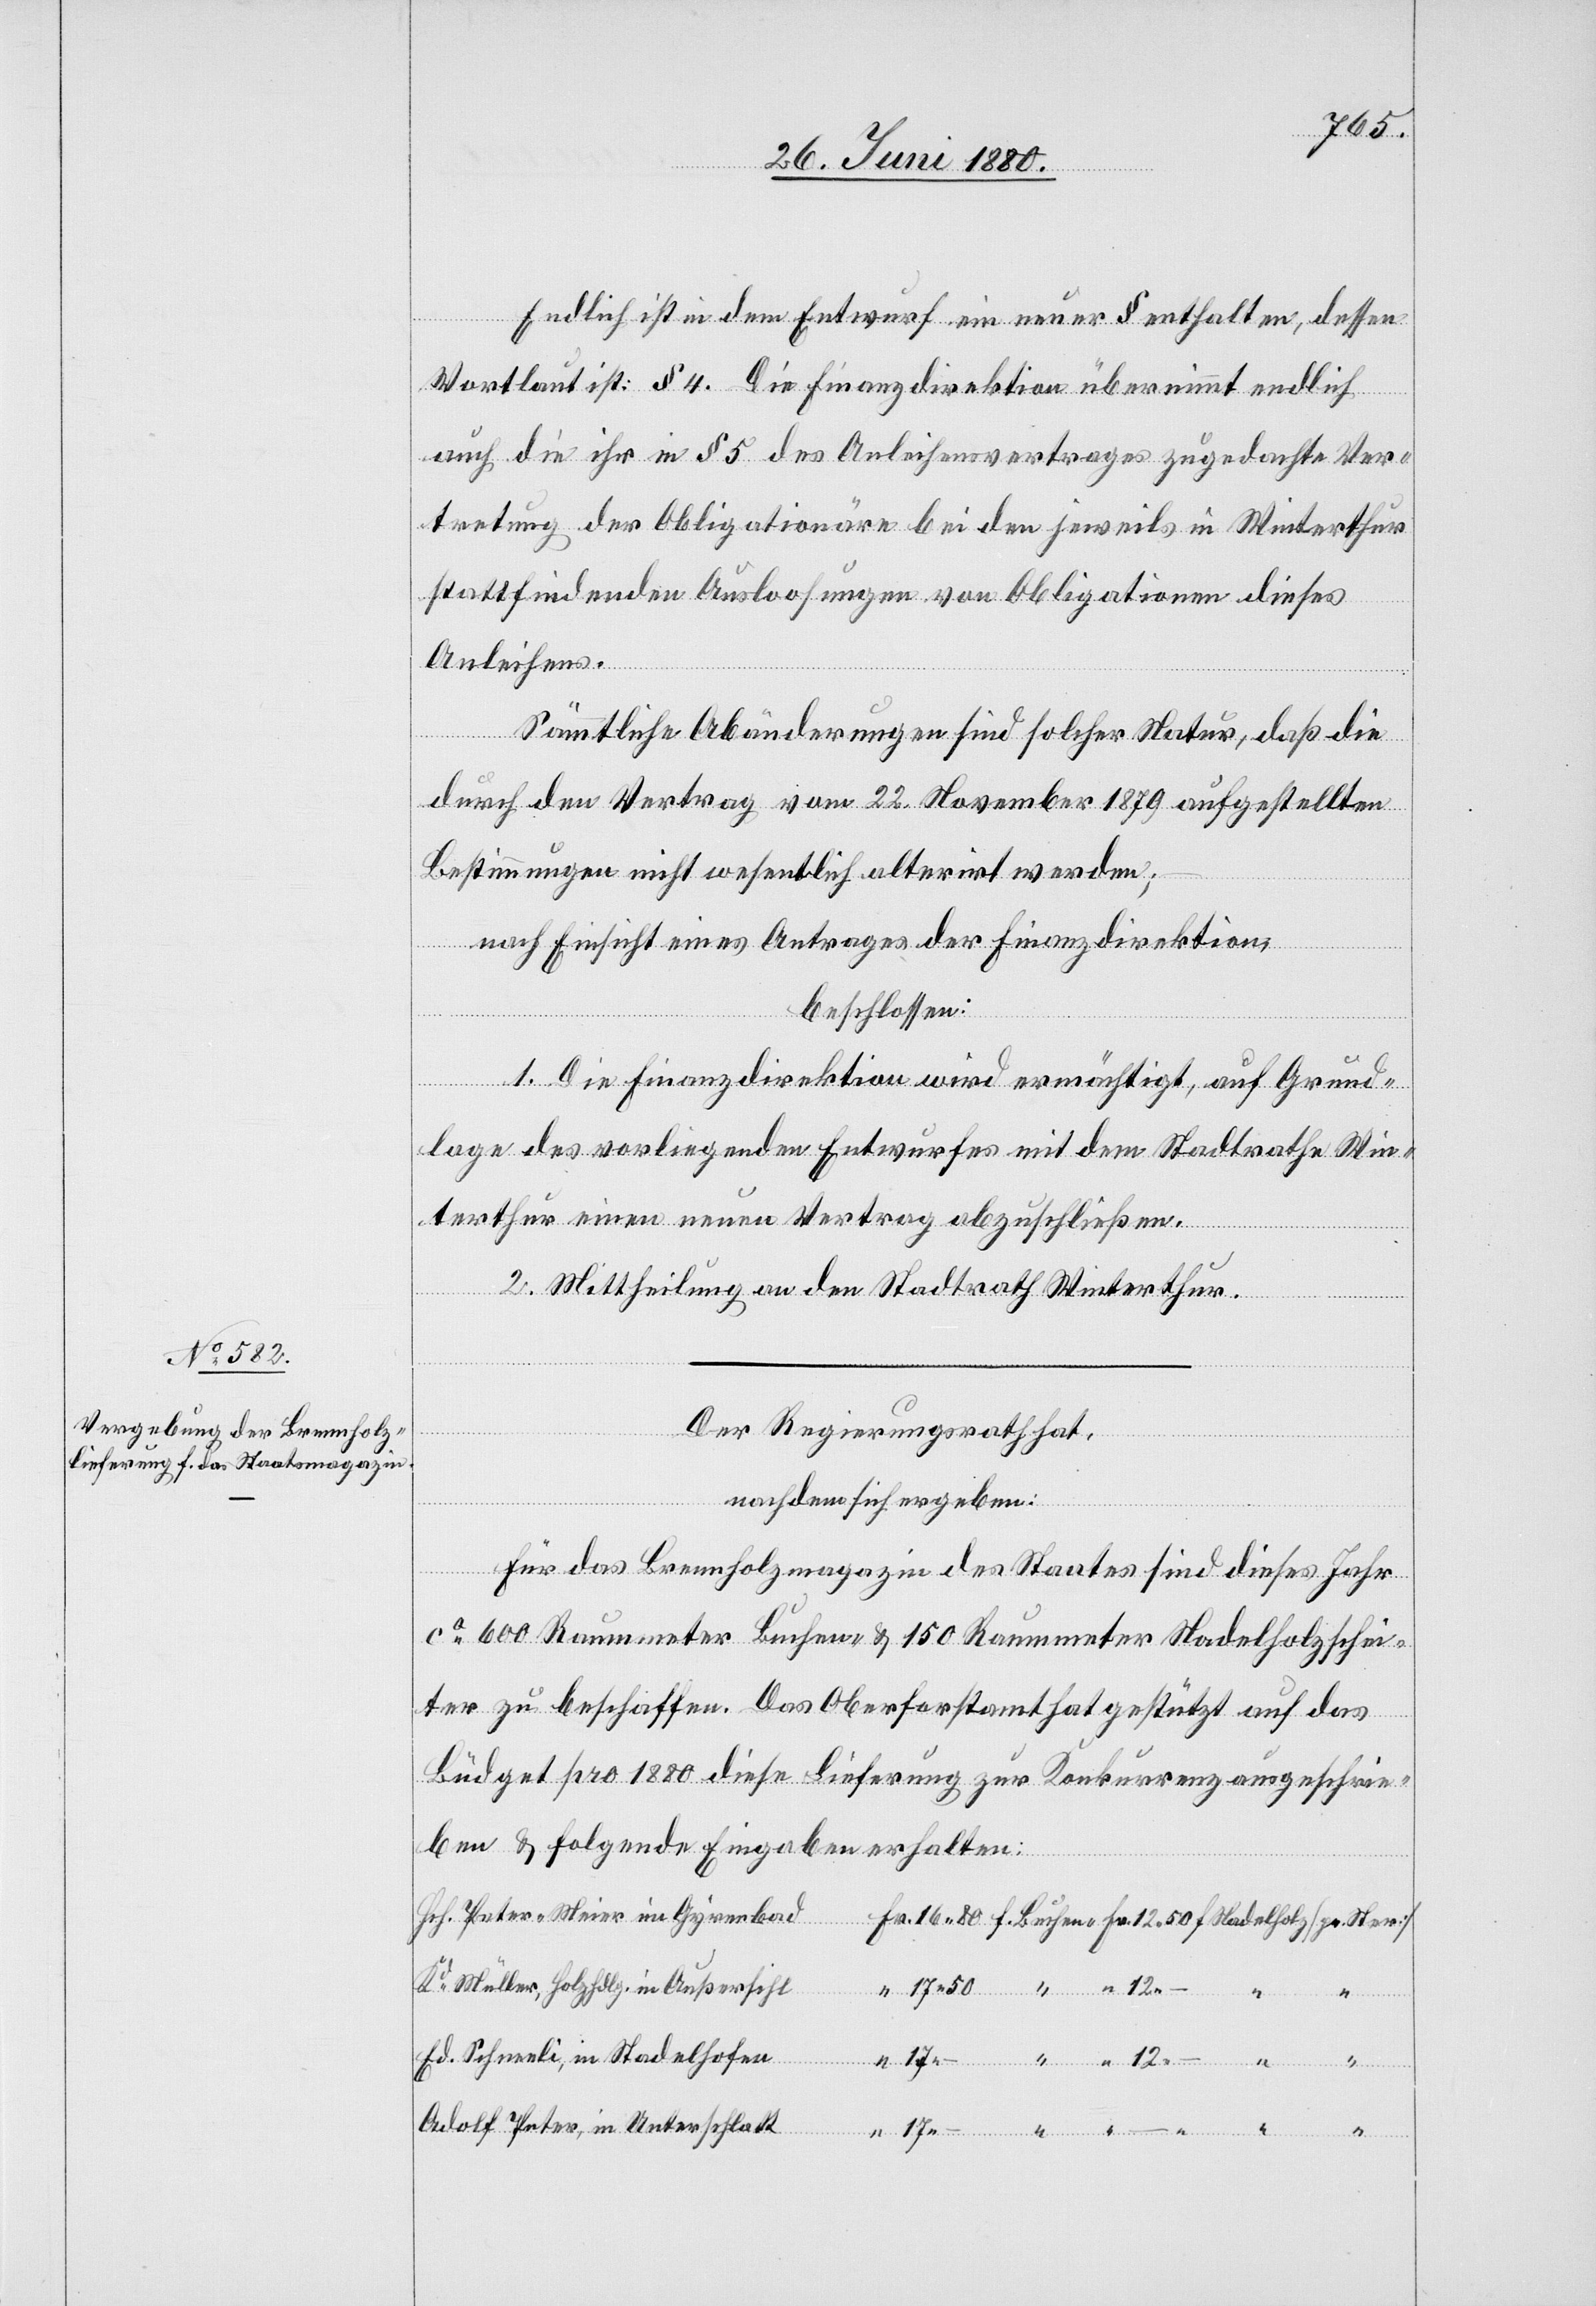
17.50
Ster]
“
–
Der Regierungsrath hat,
nachdem sich ergeben:
Für das Brennholzmagazin des Staates sind dieses Jahr
ca 600 Raummeter Buchen- & 150 Raummeter Nadelholzschi¬
eter zu beschaffen. Das Oberforstamt hat gestützt auf das
Büdget pro 1880 diese Lieferung zur Konkurrenz ausgeschrie¬
ben & folgende Eingaben erhalten:
Hch. Peter-Meier in Gyrenbad
Kd Müller, Holzhdlg. in Außersihl
Ed. Schneeli, im Stadelhofen
Adolf Peter, in Unterschlatt